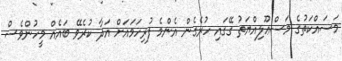
މަސައްކަތުގެ މަސްޢޫލިއްޔަތު ގޭގައި ހުރެގެން އެންމެ ފުރިހަމައަށް އަދާ ކުރެވޭ ބައެއް މީހުންވެސް